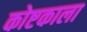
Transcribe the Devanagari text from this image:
कोष्टकाला